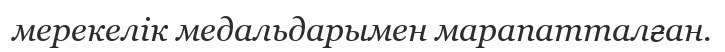
мерекелік медальдарымен марапатталған.